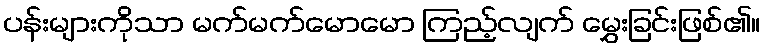
ပန်းများကိုသာ မက်မက်မောမော ကြည့်လျက် မွှေးခြင်းဖြစ်၏။